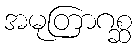
အမုတြာဂစ္ဆ